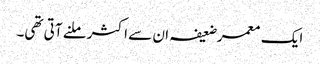
ایک معمر ضعیفہ ان سے اکثر ملنے آتی تھی۔